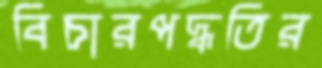
বিচারপদ্ধতির